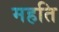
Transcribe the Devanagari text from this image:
महति